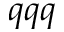
q q q